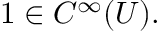
1 \in C ^ { \infty } ( U ) .